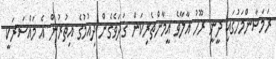
ރަމަޟާންމަހުގައި ދީނީ ރޫހު އާލާވެ އީމާންތެރިކަން ގަދަވެގެން ދިއުމުގެ އިތުރުން އެ މައްސަރަކީ